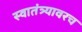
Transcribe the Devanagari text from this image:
स्वातंत्र्यावरच